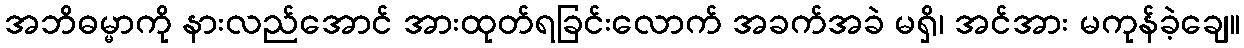
အဘိဓမ္မာကို နားလည်အောင် အားထုတ်ရခြင်းလောက် အခက်အခဲ မရှိ၊ အင်အား မကုန်ခဲ့ချေ။